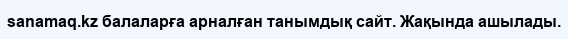
sanamaq.kz балаларға арналған танымдық сайт. Жақында ашылады.